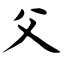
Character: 父